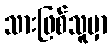
သားဖြစ်သူမှာ